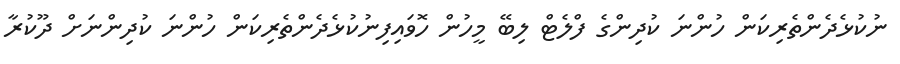
ނުކުޅެދެންތެރިކަން ހުންނަ ކުދިންގެ ފްލެޓް ލިބޭ މީހުން ހޮވައިފިނުކުޅެދެންތެރިކަން ހުންނަ ކުދިންނަށް ދޫކުރާ